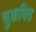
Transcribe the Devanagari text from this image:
चुकवित